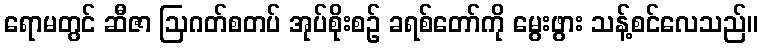
ရောမတွင် ဆီဇာ ဩဂတ်စတပ် အုပ်စိုးစဉ် ခရစ်တော်ကို မွေးဖွား သန့်စင်လေသည်။